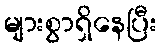
များစွာရှိနေပြီး